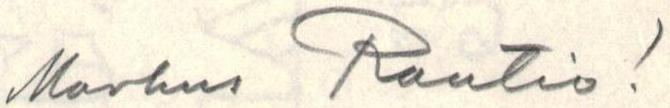
Markus Rautio!